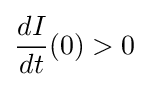
{\frac {dI}{dt}}(0)>0